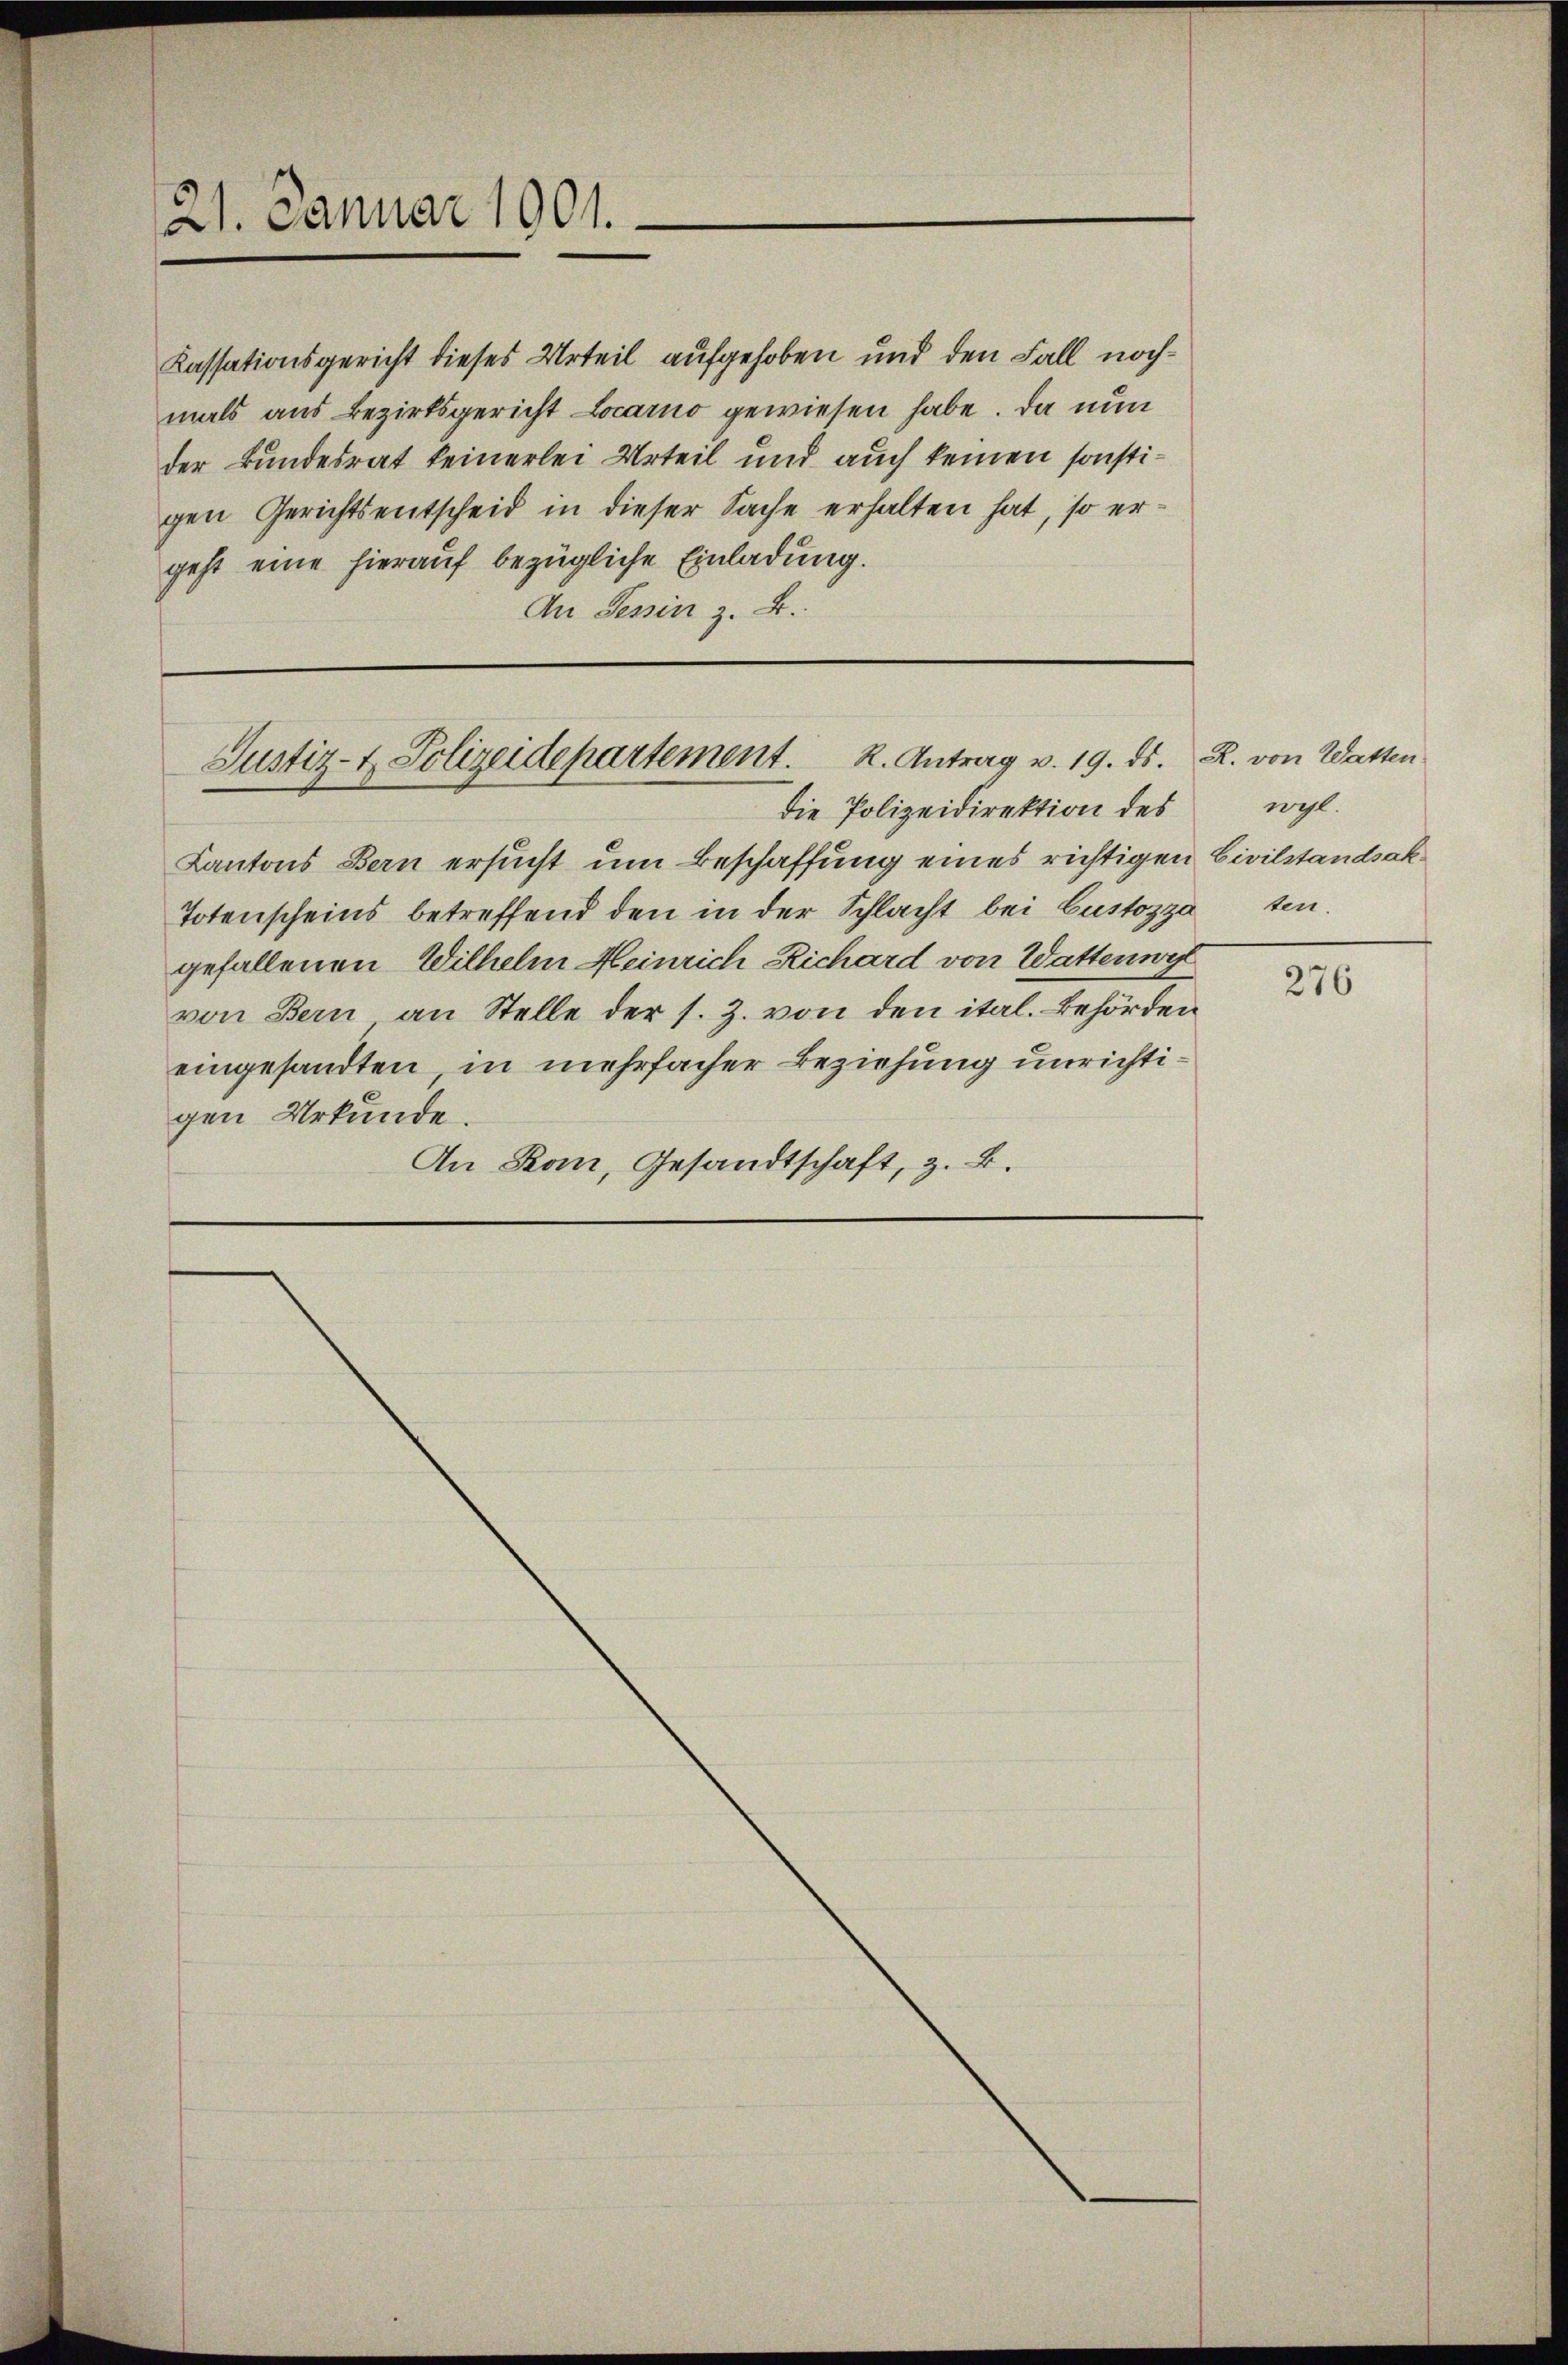
21. Januar 1901.

Kassationsgericht dieses Urteil aufgehoben und den Fall nochmals aus Bezirksgericht Locarno gewiesen habe. Da nun
der Bundesrat keinerlei Urteil und auch keinen sonstigen Gerichtsentscheid in dieser Sache erhalten hat, so ergeht eine hierauf bezügliche Einladung.
An Tessin z. B.

Justiz- & Polizeidepartement. R. Antrag v. 19. ds.

Kantons Bern ersucht um Beschaffung eines richtigen Civilstandsak
Totenscheins betreffend den in der Schlacht bei Custozza
gefallenen Wilhelm Heinrich Richard von Wattenwy
von Bern an Stelle der s. Z. von den ital. Behörden
eingesandten, in mehrfacher Beziehung unrichtigen Urkunde.
An Ron, Gesandtschaft, z. B.

die Polizeidirektion des

R. von Watten
wahl.
ten.

276